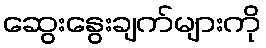
ဆွေးနွေးချက်များကို